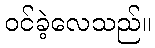
ဝင်ခဲ့လေသည်။